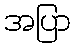
အပြာ